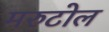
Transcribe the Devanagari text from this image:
मरुटोल